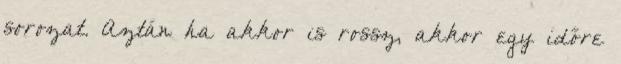
sorozat. Aztán ha akkor is rossz, akkor egy időre